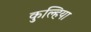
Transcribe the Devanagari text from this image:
कुल्हिया